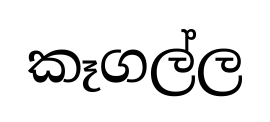
කෑගල්ල